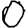
Digit: 0